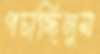
পচাচ্ছিলুম